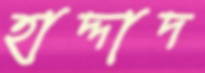
হাদ্দাদ